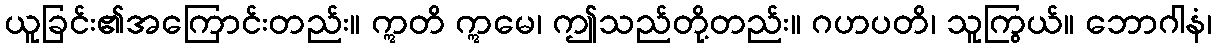
ယူခြင်း၏အကြောင်းတည်း။ ဣတိ ဣမေ၊ ဤသည်တို့တည်း။ ဂဟပတိ၊ သူကြွယ်။ ဘောဂါနံ၊